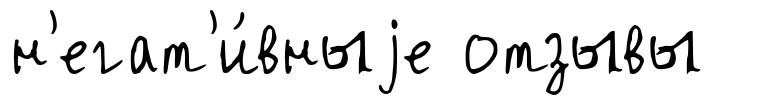
н'егат'и́вныjе отзывы